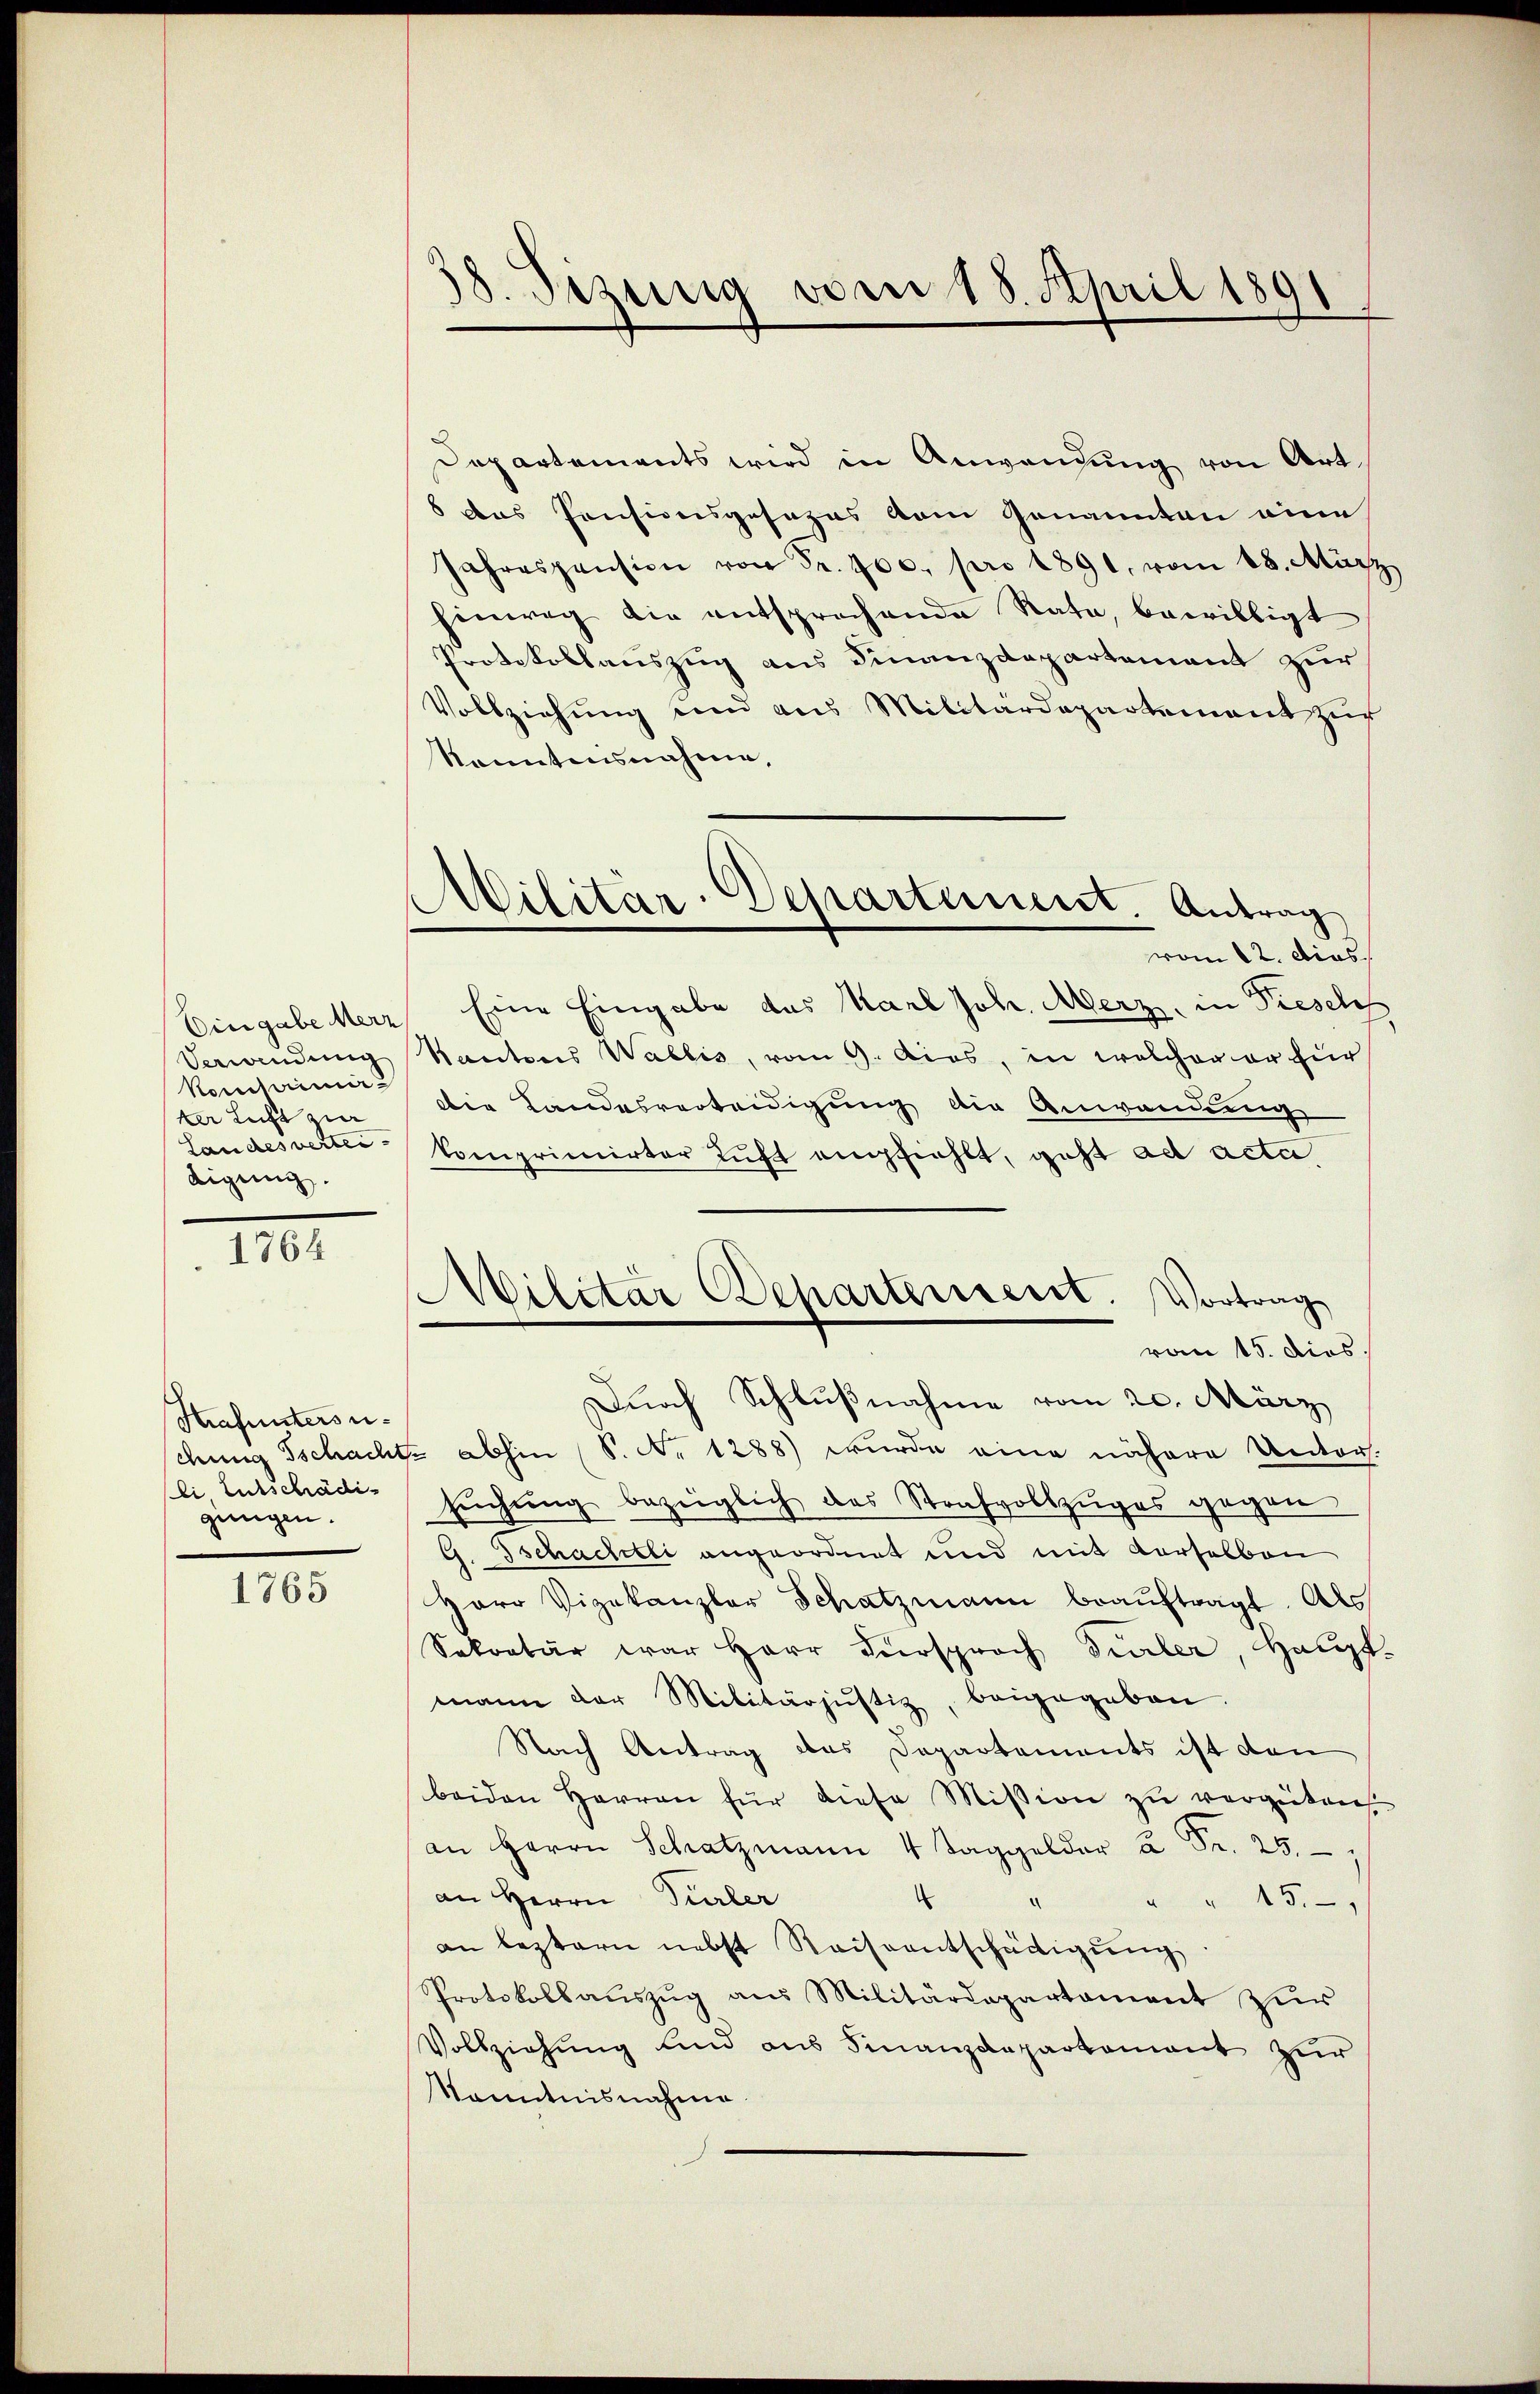
Eingabe Merz,
Verwandung
Kommi
ter Licht zu
Landesverten.
digung.

1764

Strafuntersuli Entschädigungen.

1765

38. Sizung vom 18. April 1891

Militär-Departement. Antrag

Departements wird in Anwendung von Art.
8 das Pensionsgesezes vom Genannten eine
Jahrespension von Fr. 700. pro 1891, vom 18. März
hinweg die entsprochende Rata, bewilligt
Protokollauszug aus Finanzdepartement zur
Vollziehŭng und aus Militärdepartement zŭr
konntnisnahme,
vom 12. Dies
Eine Eingabe das Karl Joh. Merz, in Diesel
Kantons Wallis, vom 9. Acas, in welcher er für
Die Landesverteidigung die Anwendung
komprimirter Luft empfiehlt, geht ad acta
von 15. dies
Durch Schlußnahme vom 20. März
chung Tschachte abhin (S. No 1288) wurde eine nähere Unters.
suchung bezüglich das Strafvollzuges gegen
G. Tschachtli angeordnet und mit verselben
Herr Vizekanzler Schatzmann beaŭftragt. Als
Sekretär war Herr Versprach Türler, Haupt-
mann der Militärjŭstiz, beigegeben.
Nach Antrag des Departements ist den
beiden Herren für diese Mission zu vergüten,
an Herrn Schatzman 4 l. 25.
an Herrn Türler
" " 15
.
.
an leztern nebst Reiseentschädigung
Protokollaŭszŭg aus Militärdepartament zur
Vollziehung und aus Finanzdepartement zur
kanntnisnahme

Militar Departement. Vortrag